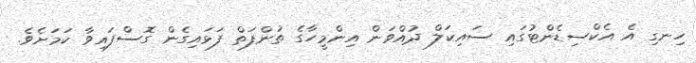
ހިނގި އެ އެކްސިޑެންޓުގައި ސައިކަލް ދުއްްވަން އިންމީހާގެ ތުންފަތް ފަޅައިގެން ގޮސްފައިވާ ކަމަށެވެ.